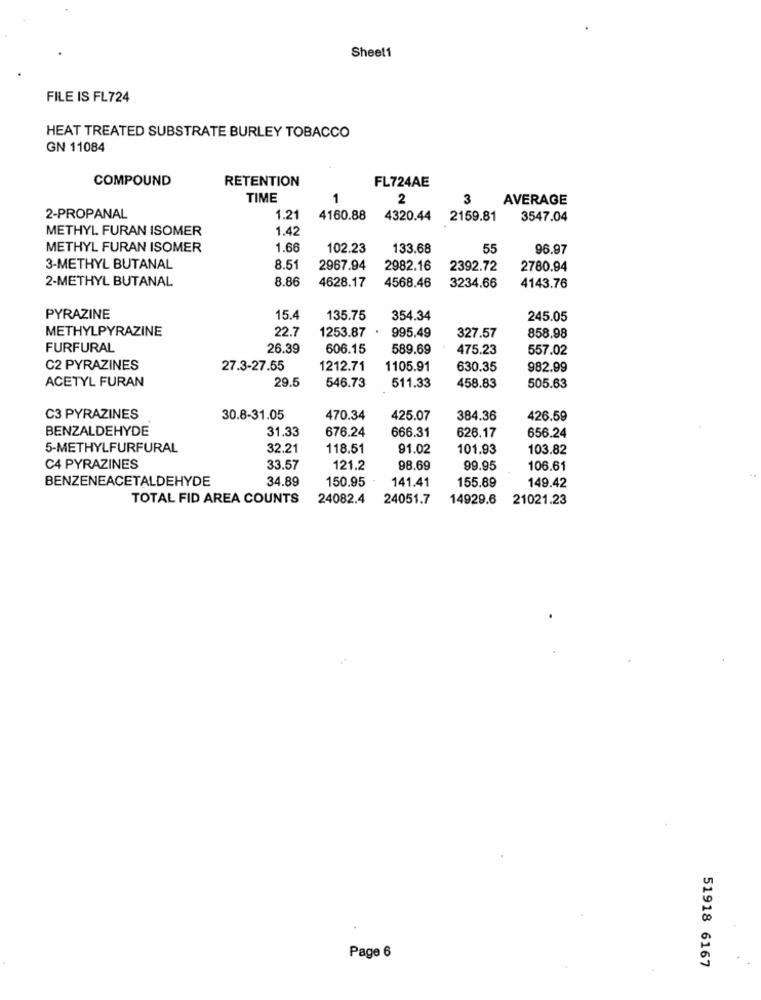
Sheet1
FILE IS FL724
HEAT TREATED SUBSTRATE BURLEY TOBACCO
GN 11084
COMPOUND
RETENTION
FL724AE
TIME
1
2
3
AVERAGE
2-PROPANAL
1.21
4160.88
4320.44
2159.81
3547.04
METHYL FURAN ISOMER
1.42
METHYL FURAN ISOMER
1.66
102.23
133.68
55
96.97
3-METHYL BUTANAL
8.51
2967.94
2982.16
2392.72
2780.94
2-METHYL BUTANAL
8.86
4628.17
4568.46
3234.66
4143.76
PYRAZINE
15.4
135.75
354.34
245.05
METHYLPYRAZINE
22.7
1253.87
995.49
327.57
858.98
FURFURAL
26.39
606.15
589.69
475.23
557.02
C2 PYRAZINES
27.3-27.55
1212.71
1105.91
630.35
982.99
ACETYL FURAN
29.5
458.83
505.63
546.73
511.33
C3 PYRAZINES
30.8-31.05
470.34
425.07
384.36
426.59
BENZALDEHYDE
31.33
676.24
666.31
626.17
656.24
5-METHYLFURFURAL
32.21
118.51
91.02
101.93
103.82
C4 PYRAZINES
33.57
121.2
98.69
99.95
106.61
BENZENEACETALDEHYDE
34.89
150.95
141.41
155.89
149.42
TOTAL FID AREA COUNTS
24082.4
24051.7
14929.6
21021.23
Page 6
51918 6167